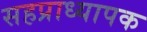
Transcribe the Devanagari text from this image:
सहप्राध्यापक